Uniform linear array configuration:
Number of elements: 48
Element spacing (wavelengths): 0.25
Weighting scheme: cosine
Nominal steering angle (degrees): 0
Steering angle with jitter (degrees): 1.614
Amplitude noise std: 0.05
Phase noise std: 0.05

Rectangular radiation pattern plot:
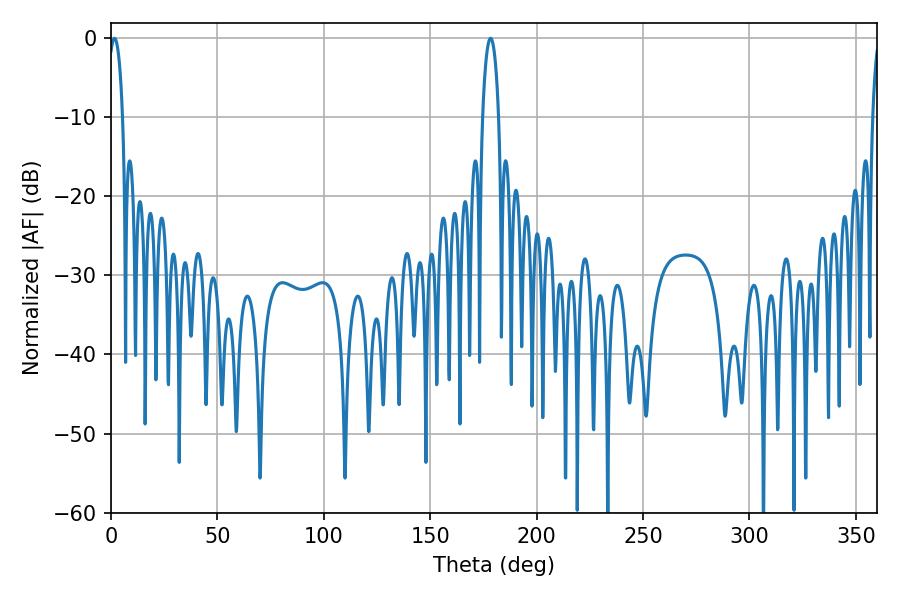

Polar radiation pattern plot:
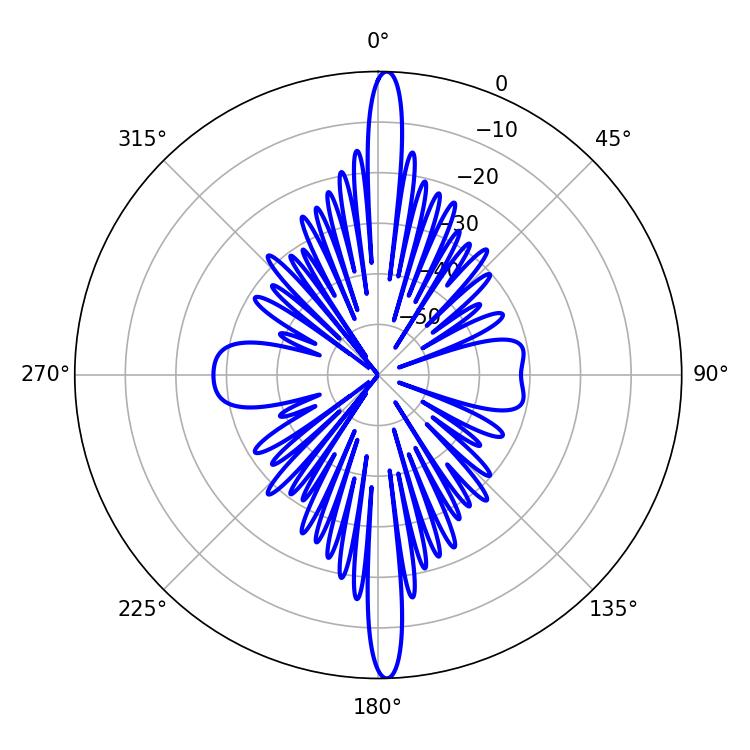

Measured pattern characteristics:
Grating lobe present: FALSE
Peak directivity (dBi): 26.427
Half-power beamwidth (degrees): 4.32
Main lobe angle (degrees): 178.38